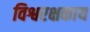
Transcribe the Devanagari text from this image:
विश्वरक्षकाय